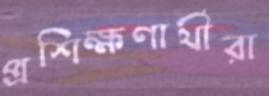
প্রশিক্ষণার্থীরা